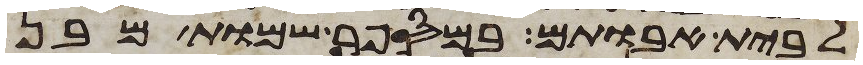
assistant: לבית אבותם במספר שמות מבן